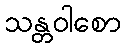
သန္တဝါစော